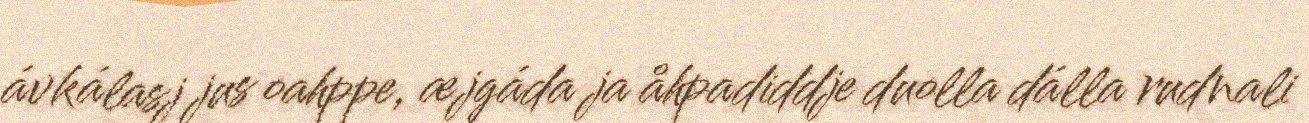
ávkálasj jus oahppe, æjgáda ja åhpadiddje duolla dálla rudnali